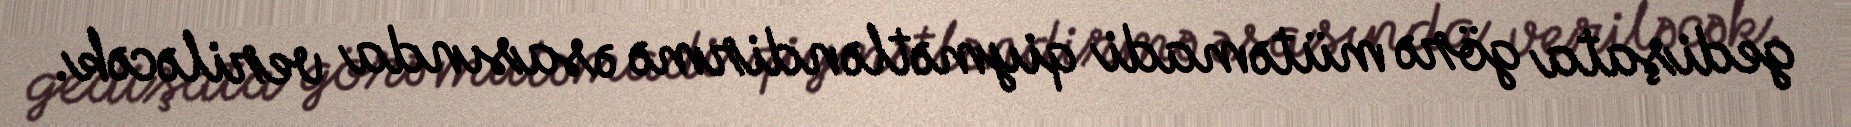
gedişata görə mütəmadi qiymətləndirmə əsasında veriləcək.